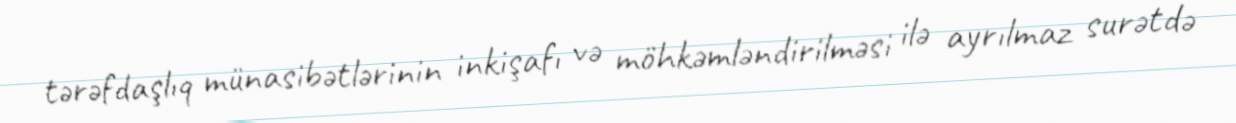
tərəfdaşlıq münasibətlərinin inkişafı və möhkəmləndirilməsi ilə ayrılmaz surətdə